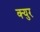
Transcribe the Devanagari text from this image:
क्युर